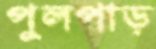
পুলপাড়